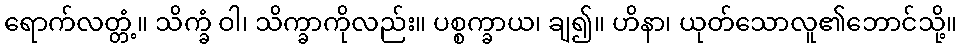
ရောက်လတ္တံ့။ သိက္ခံ ဝါ၊ သိက္ခာကိုလည်း။ ပစ္စက္ခာယ၊ ချ၍။ ဟိနာ၊ ယုတ်သောလူ၏ဘောင်သို့။